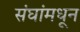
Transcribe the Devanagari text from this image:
संघांमधून